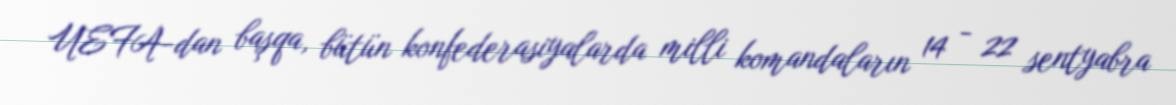
UEFA-dan başqa, bütün konfederasiyalarda milli komandaların 14 - 22 sentyabra